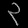
Digit: ၃